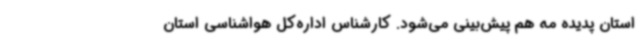
استان پدیده مه هم پیش‌بینی می‌شود. کارشناس اداره‌کل هواشناسی استان